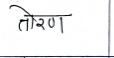
मजकूर: तोरण